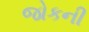
જોકની